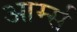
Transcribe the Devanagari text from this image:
आर्म्‍स